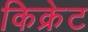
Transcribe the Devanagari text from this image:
किक्रेट